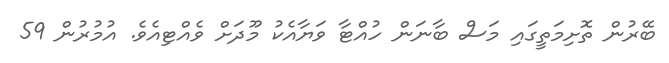
ބޭރުން ތޮށިމަތީގައި މަސް ބާނަން ހުއްޓާ ވަޔާއެކު މޫދަށް ވެއްޓިއެވެ. އުމުރުން 59